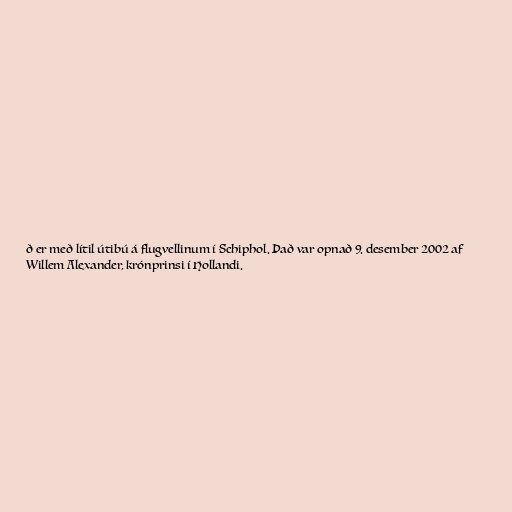
ð er með lítil útibú á flugvellinum í Schiphol. Það var opnað 9. desember 2002 af
Willem Alexander, krónprinsi í Hollandi.